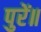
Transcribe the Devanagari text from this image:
पुरें॥